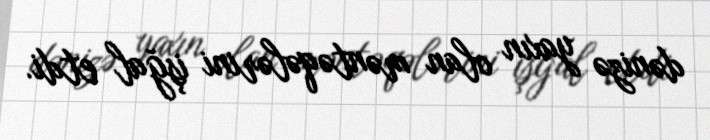
dənizə yaxın olan məntəqələrini işğal etdi.